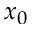
x _ { 0 }